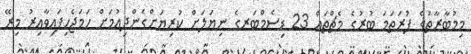
މިމުބާރާތުގެ ފުރަތަމަ ބުރުގެ މެޗްތައް 23 ޑިސެމްބަރގެ ނިޔަލަށް ކުރިޔަށްގެންދިއުމަށް ހަމަޖެހިފައިވާއިރު މިރޭ